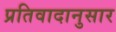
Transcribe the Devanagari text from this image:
प्रतिवादानुसार